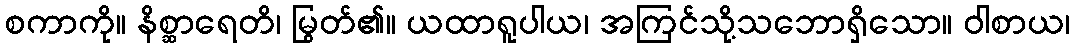
စကာကို။ နိစ္ဆာရေတိ၊ မြွတ်၏။ ယထာရူပါယ၊ အကြင်သို့သဘောရှိသော။ ဝါစာယ၊